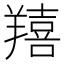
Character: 𦏔